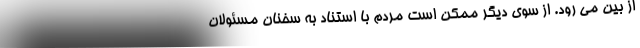
از بین می رود. از سوی دیگر ممکن است مردم با استناد به سخنان مسئولان